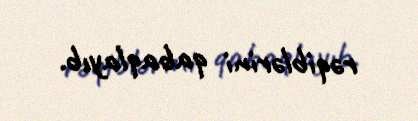
rəqiblərini qabaqlayıb.